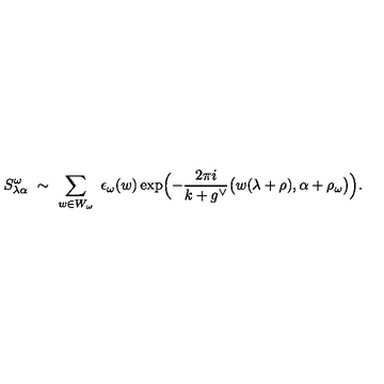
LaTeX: S _ { \lambda \alpha } ^ { \omega } \ \sim \ \sum _ { w \in W _ { \omega } } \ \epsilon _ { \omega } ( w ) \exp \Bigl ( - \frac { 2 \pi i } { k + g ^ { \vee } } \bigl ( w ( \lambda + \rho ) , \alpha + \rho _ { \omega } \bigr ) \Bigr ) .